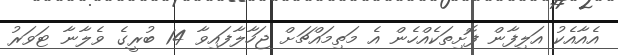
އެއާއެކު އަލިފާން ފޮށިތަކެއްހެން އެ މަތިމައްޗަށް ޖަހާލާފައިވާ 14 ބުރީގެ ވެލާނާ ޓަވަރު